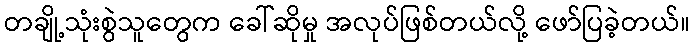
တချို့သုံးစွဲသူတွေက ခေါ်ဆိုမှု အလုပ်ဖြစ်တယ်လို့ ဖော်ပြခဲ့တယ်။